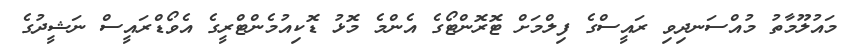
މައުލޫމާތު މުއްސަނދިވި ރައީސްގެ ފިލްމަށް ޓޮރޮންޓޯގެ އެންމެ މޮޅު ޑޮކިއުމެންޓްރީގެ އެވޯޑްރައީސް ނަޝީދުގެ